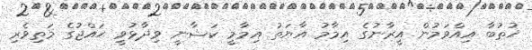
ޚުތުބާ އިއްވަމުން އީރާނުގެ އިމާމު އާޔަތު އިމާމީ ކަޝާނީ ވިދާޅުވީ ޙައްޖުގެ މަތިވެރި